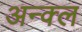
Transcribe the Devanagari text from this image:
अन्क्ल